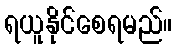
ရယူနိုင်စေရမည်။